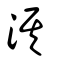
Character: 淇